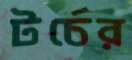
টর্চের